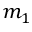
m _ { 1 }